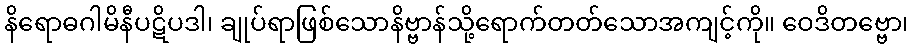
နိရောဓဂါမိနီပဋိပဒါ၊ ချုပ်ရာဖြစ်သောနိဗ္ဗာန်သို့ရောက်တတ်သောအကျင့်ကို။ ဝေဒိတဗ္ဗော၊